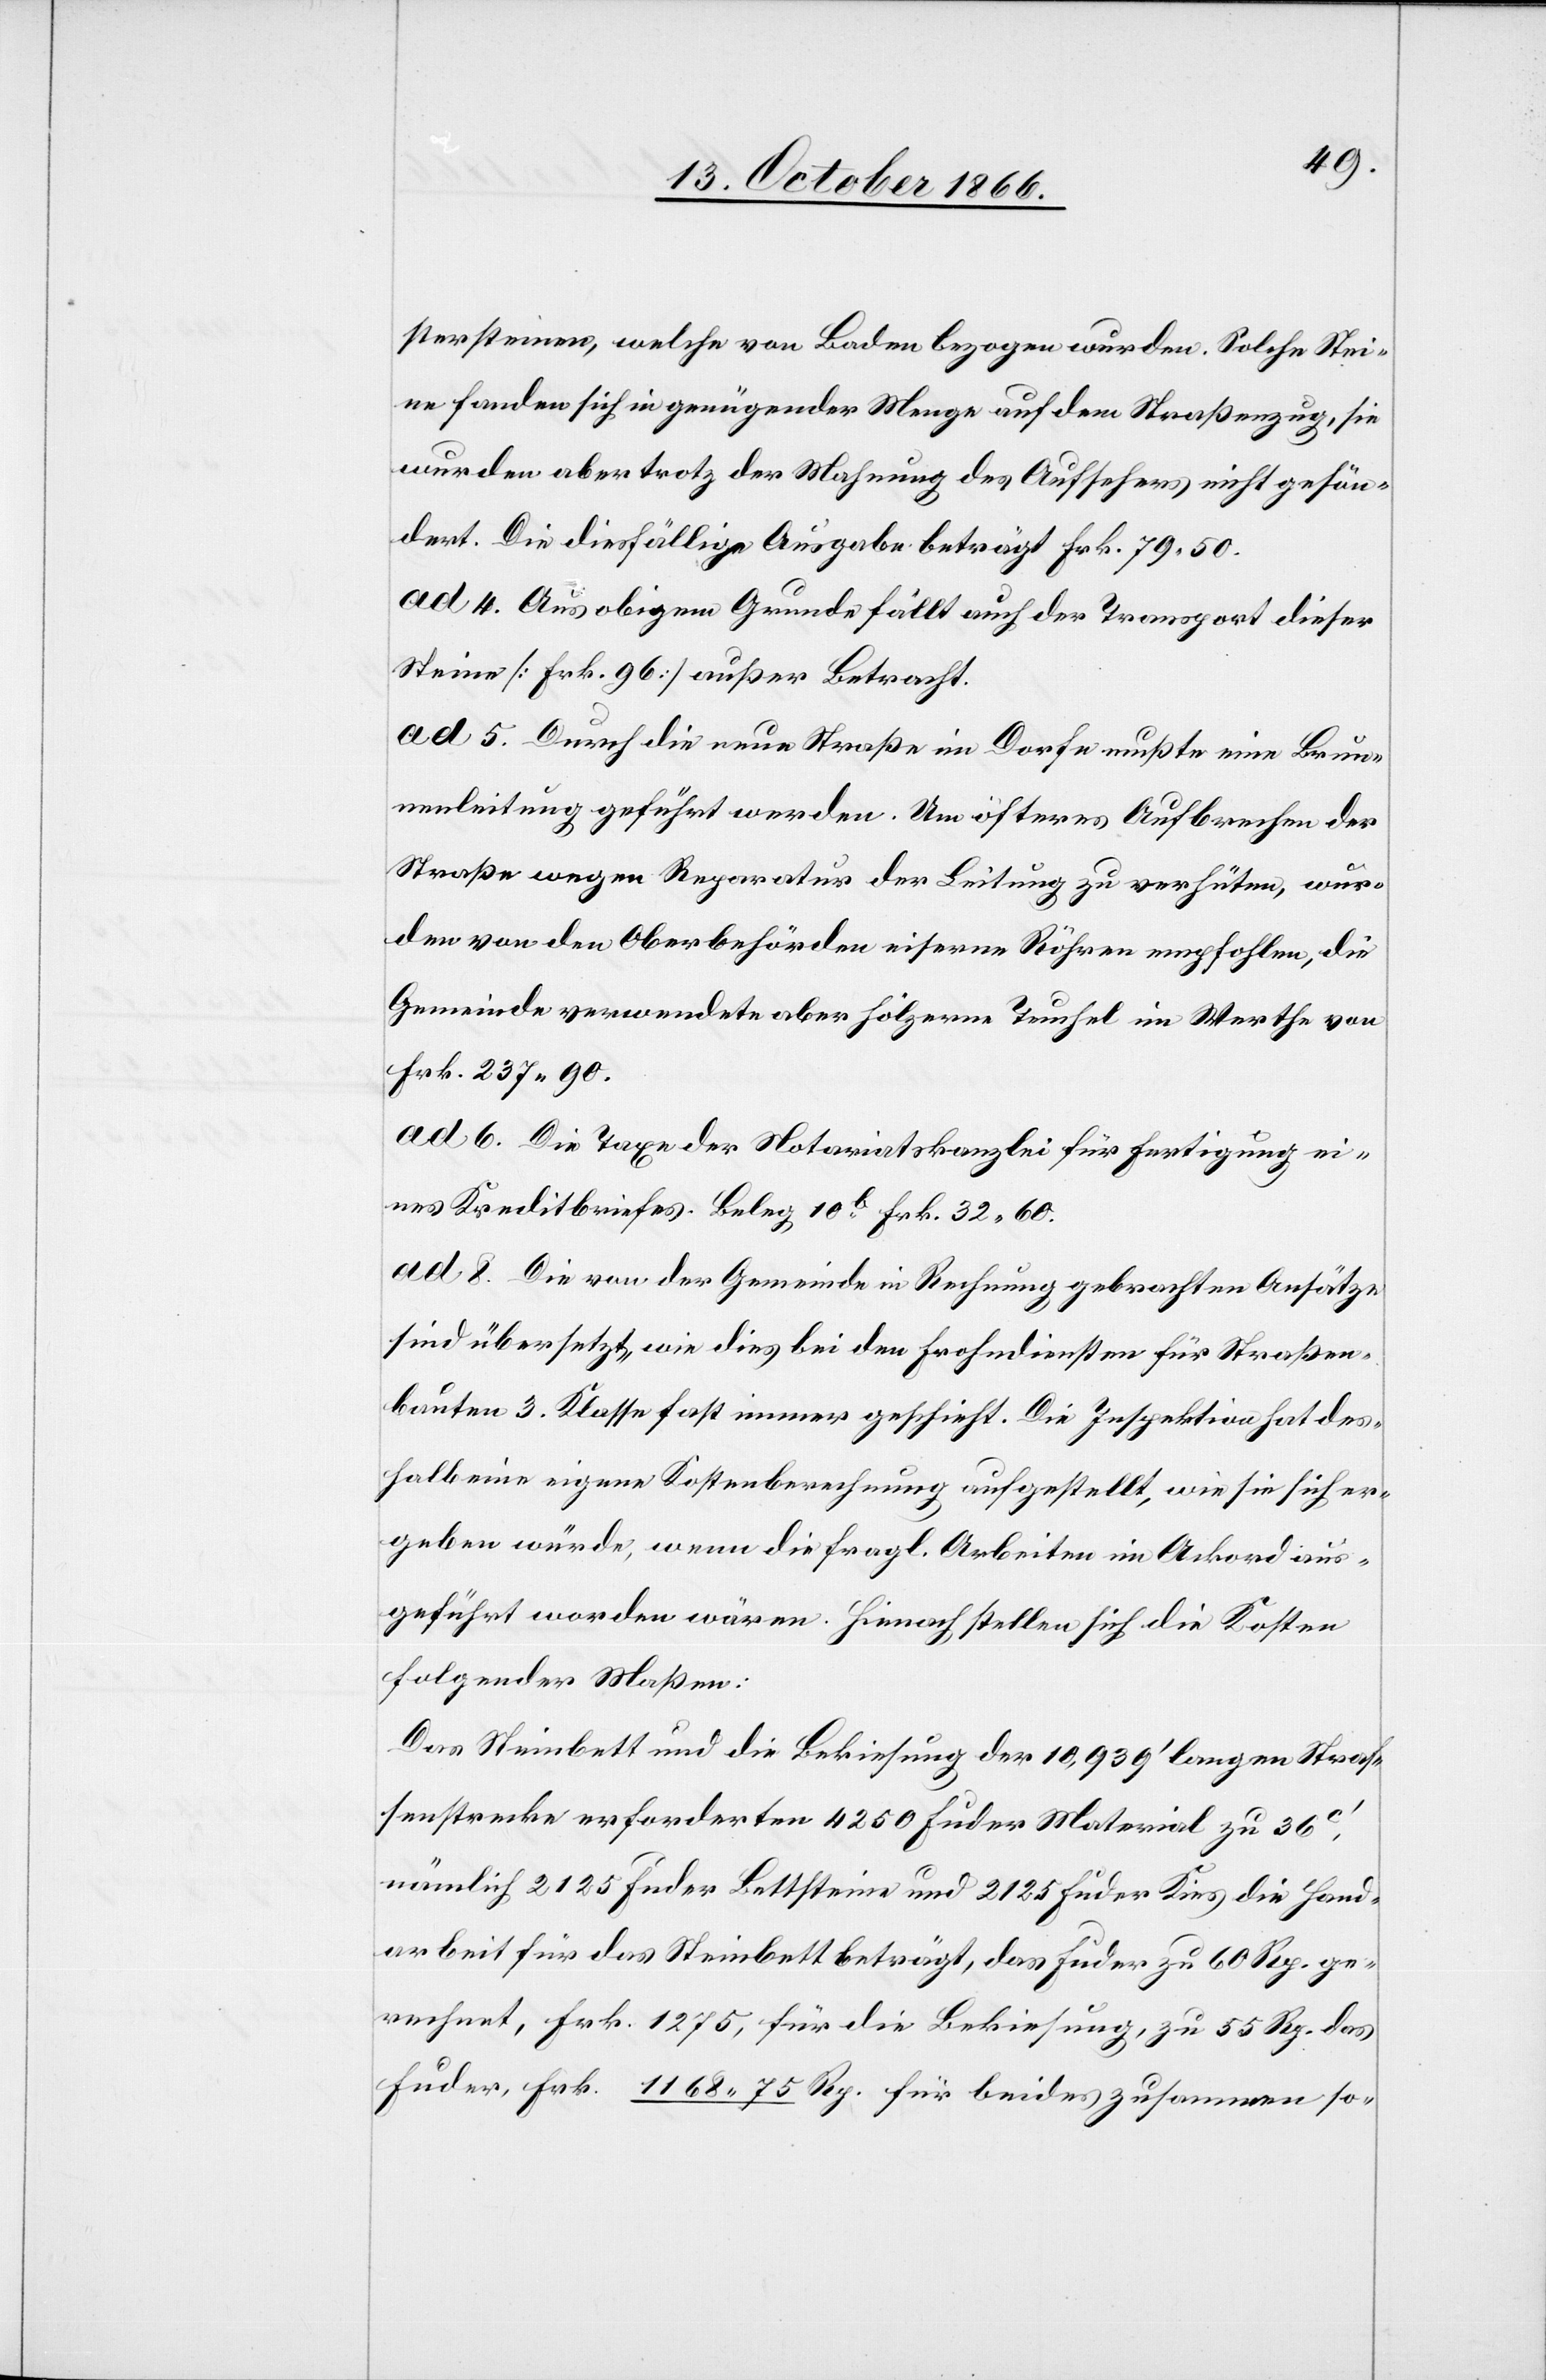
stersteinen, welche von Baden bezogen wurden, solche Stei¬
ne fanden sich in genügender Menge auf dem Straßenzug, sie
wurde aber trotz der Mahnung des Aufsehers nicht gesön¬
dert. Die diesfällige Ausgabe beträgt Frk. 79.50.
ad 4. Aus obigem Grunde fällt auch der Transport dieser
Steine [Frk. 96] außer Betracht.
ad 5. Durch die neue Straße im Dorfe mußte eine Brun¬
nenleitung geführt werden. Um öfteres Aufbrechen der
Straße wegen Reparatur der Leitung zu verhüten, wur¬
den von den Oberbehörden eiserne Röhren empfohlen, die
Gemeinde verwendete aber hölzerne Teuchel im Werthe von
Frk. 237.90.
ad 6. Die Taxe der Notariatskanzlei für Fertigung ei¬
nes Kreditbriefes. Beleg 10b. Frk. 32.60.
ad 8. Die von der Gemeinde in Rechnung gebrachten Ansätze
sind übersetzt, wie dies bei den Frohndiensten für Straßen¬
bauten 3. Klasse fast immer geschieht. Die Inspektion hat des¬
halb eine eigene Kostenberechnung aufgestellt, wie sie sich er¬
geben würde, wenn die fragl. Arbeiten im Ackord aus¬
geführt worden wären. Hienach stellen sich die Kosten
folgender Maßen:
Das Steinbett und die Bekiesung der 10 939‘ langen Stras¬
senstrecke erforderten 4250 Fuder Material zu 36c‘,
nämlich 2125 Fuder Bettsteine und 2125 Fuder Kies, die Hand¬
arbeit für das Steinbett beträgt, das Fuder zu 60 Rp. ge¬
rechnet, Frk. 1275, für die Bekiesung, zu 55 Rp. das
Fuder, Frk. 1168.75 Rp. für beides zusammen so-